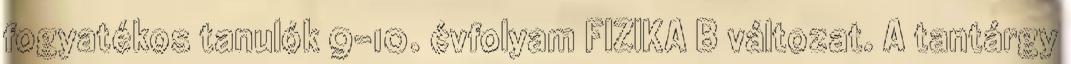
fogyatékos tanulók 9-10. évfolyam FIZIKA B változat. A tantárgy